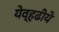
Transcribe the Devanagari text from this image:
येव्हढीये